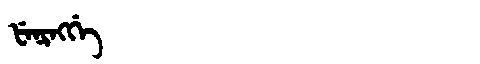
Manchu: ᡶᡝᠨᡳᠩᡤᡝ
Romanization: FENINGGE